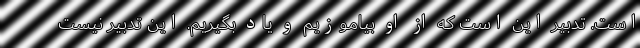
است. تدبیر این است که از او بیاموزیم و یاد بگیریم. این تدبیر نیست